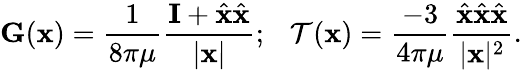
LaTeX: \mathbf{G}(\mathbf{x})=\frac{1}{8\pi\mu}\frac{\mathbf{I}+\hat{\mathbf{x}}\hat{\mathbf{x}}}{|\mathbf{x}|};~~~\mathcal{T}(\mathbf{x})=\frac{-3}{4\pi\mu}\frac{\hat{\mathbf{x}}\hat{\mathbf{x}}\hat{\mathbf{x}}}{|\mathbf{x}|^{2}}.